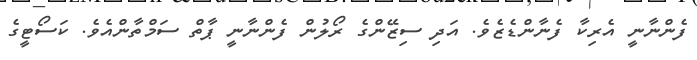
ފެންނާނީ އެރިކާ ފެނާންޑެޒެވެ. އަދި ސިޒޭންގެ ރޯލުން ފެންނާނީ ޕާތް ސަމްތާންއެވެ. ކަސޯޓީގެ